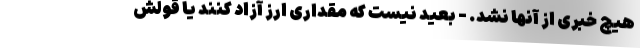
هیچ خبری از آنها نشد. - بعید نیست که مقداری ارز آزاد کنند یا قولش